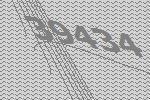
39434